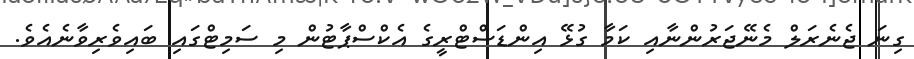
ގިނަ ޖެނެރަލް މެނޭޖަރުންނާއި ކަމާ ގުޅޭ އިންޑަސްޓްރީގެ އެކްސްޕާޓުން މި ސަމިޓްގައި ބައިވެރިވާނެއެވެ.